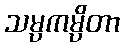
သမ္ပကမ္ပိတာ